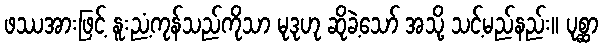
ဖဿအားဖြင့် နူးညံ့ကုန်သည်ကိုသာ မုဒုဟု ဆိုခဲ့သော် အသို့ သင့်မည်နည်း။ ပုစ္ဆာ